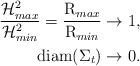
LaTeX: \begin{align*}\frac{\mathcal{H}^2_{max}}{\mathcal{H}^2_{min}}=\frac{\operatorname{R}_{max}}{\operatorname{R}_{min}}&\to 1,\\\operatorname{diam}(\Sigma_t)&\to 0.\end{align*}